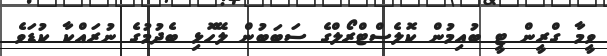
ވީމާ ގްރީން ޓީ ބުއިމުން ކޮލެސްޓްރޯލްގެ ސަބަބުން ލޭހޮޅި ބެދުމުގެ ނުރައްކާ ކުޑަވެ